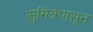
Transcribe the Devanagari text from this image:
सुमित्रेपासून